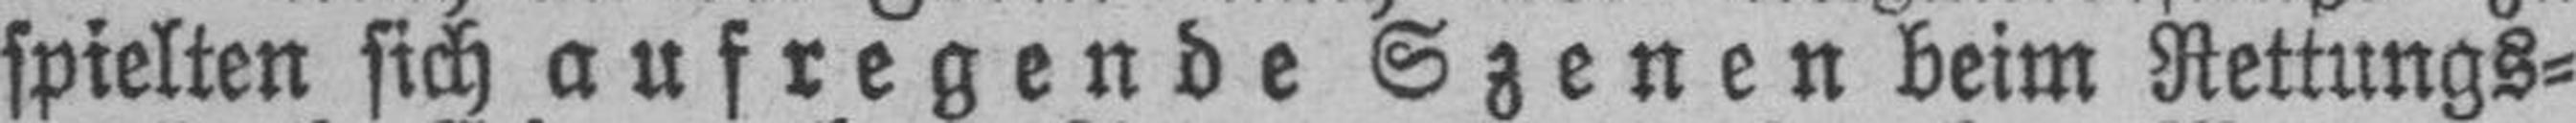
spielten sich aufregende Szenen beim Rettungs¬